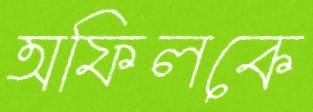
অফিলকে